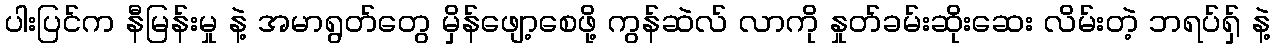
ပါးပြင်က နီမြန်းမှု နဲ့ အမာရွတ်တွေ မှိန်ဖျော့စေဖို့ ကွန်ဆဲလ် လာကို နှုတ်ခမ်းဆိုးဆေး လိမ်းတဲ့ ဘရပ်ရှ် နဲ့